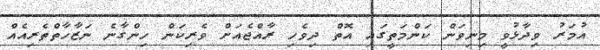
އުމަރު ވިދާޅުވީ މިނިވަން ކަންމަތީގައި އޮތް ދިވެހި ރާއްޖެއަށް ވެރިކަން ހިންގާނެ ނަޒާހާތްތެރިއެއް